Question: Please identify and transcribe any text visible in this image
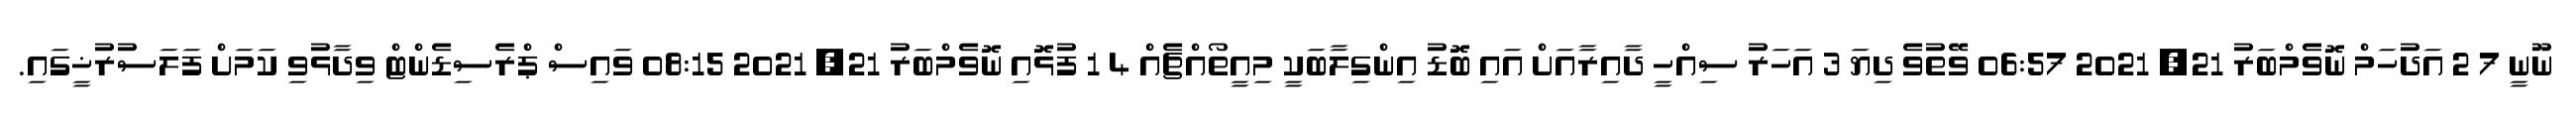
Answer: ނޫނީ 7 2 އަދުހަމް ނޮވެމްބަރު 21, 2021 06:57 ވޭތުވެ ދިޔަ 3 އަހަރު ސިއްހީ ދާއިރާއަށް އައި ބޮޑު އިންގިލާބަކީ މިއީތޯއްޗެއް 4 1 ފުޅޮއި ނޮވެމްބަރު 21, 2021 08:15 ވައިސް ޕްރެސިޑެންޓް ވިދާޅުވި ކަމަށް ފަލަސުރުޚީގައި.